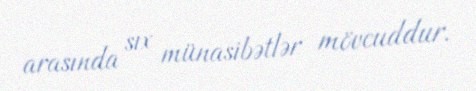
arasında sıx münasibətlər mövcuddur.